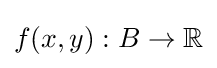
f(x,y):B\to \mathbb {R}